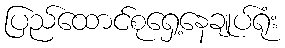
ပြည်ထောင်စုရှေ့နေချုပ်ရုံး